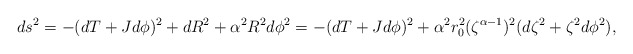
\begin{align*}ds^2 = -(dT+Jd\phi)^2 + dR^2 + \alpha^2 R^2 d\phi^2 = -(dT+Jd\phi)^2 + \alpha^2 r_0^2 (\zeta^{\alpha-1})^2 (d\zeta^2 + \zeta^2 d\phi^2),\end{align*}